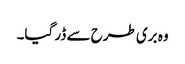
وہ بری طرح سے ڈر گیا۔